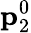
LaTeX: {\mathbf p}_{2}^{0}